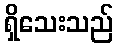
ရှိသေးသည်